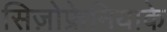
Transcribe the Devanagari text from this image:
सिज़ोफ्रेनियाके